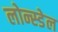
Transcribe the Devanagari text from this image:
लोन्स्डेल